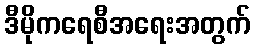
ဒီမိုကရေစီအရေးအတွက်